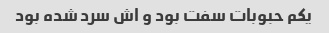
یکم حبوبات سفت بود و اش سرد شده بود